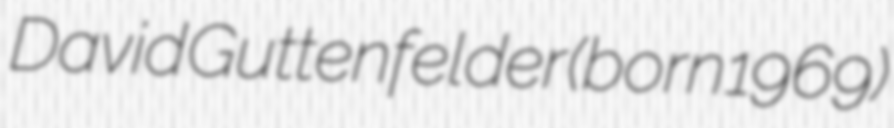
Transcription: David Guttenfelder (born 1969)